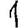
Digit: 1